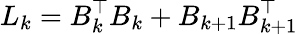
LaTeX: L_{k}=B_{k}^{\top}B_{k}+B_{k+1}B_{k+1}^{\top}